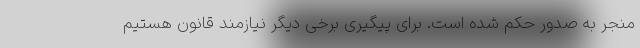
منجر به صدور حکم شده است. برای پیگیری برخی دیگر نیازمند قانون هستیم